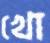
খো